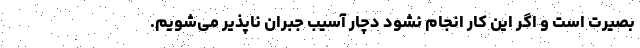
بصیرت است و اگر این کار انجام نشود دچار آسیب جبران ناپذیر می‌شویم.